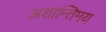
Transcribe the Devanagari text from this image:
अशान्तिमय